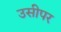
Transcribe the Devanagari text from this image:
उसीपर